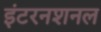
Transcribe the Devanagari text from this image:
इंटरनशनल